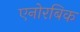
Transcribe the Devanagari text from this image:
एनोरबिक